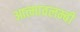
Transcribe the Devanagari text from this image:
आत्मावलम्बी